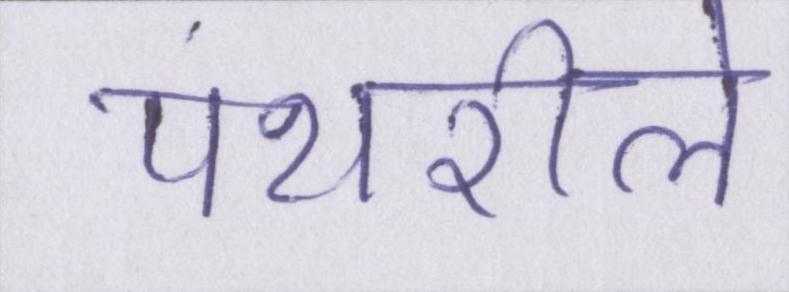
पथरीले